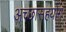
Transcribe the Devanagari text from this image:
अच्छासहयोग